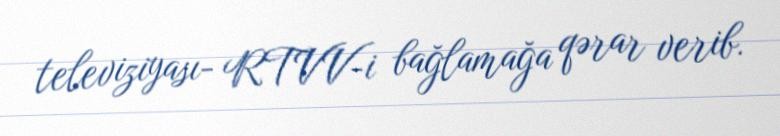
televiziyası- RTVV-i bağlamağa qərar verib.